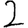
Digit: 2